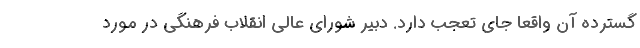
گسترده آن واقعاً جای تعجب دارد. دبیر شورای عالی انقلاب فرهنگی در مورد